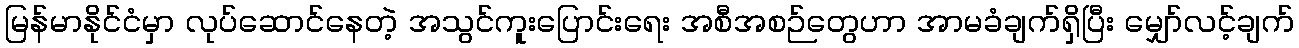
မြန်မာနိုင်ငံမှာ လုပ်ဆောင်နေတဲ့ အသွင်ကူးပြောင်းရေး အစီအစဉ်တွေဟာ အာမခံချက်ရှိပြီး မျှော်လင့်ချက်